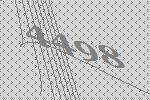
4498